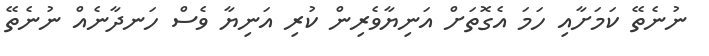
ނުނެތޭ ކަމަށާއި ހަމަ އެގޮތަށް އަނިޔާވެރިން ކުރި އަނިޔާ ވެސް ހަނދާނެއް ނުނެތޭ